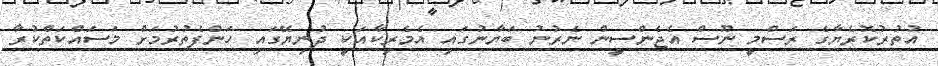
އުތުރުކޮރެޔާގެ ރަސްމީ ނޫސް އެޖެންސީން ނެރުނު ބަޔާނުގައި އެމެރިކާއަކީ ދުނިޔޭގައި ހަންފެތުރުމަށް މަސައްކަތްކުރާ